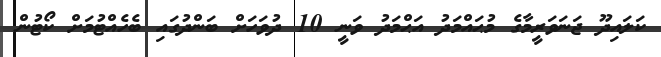
ކަލައިދޫ ޖަނަވަރީމާގެ މުޙައްމަދު އަޙްމަދު ވަނީ 10 ދުވަހަށް ބަންދުގައި ބެހެއްޓުމަށް ކޯޓުން